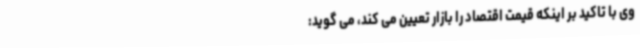
وی با تاکید بر اینکه قیمت اقتصاد را بازار تعیین می کند، می گوید: